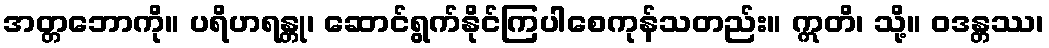
အတ္တဘောကို။ ပရိဟရန္တု၊ ဆောင်ရွက်နိုင်ကြပါစေကုန်သတည်း။ ဣတိ၊ သို့။ ဝဒန္တဿ၊